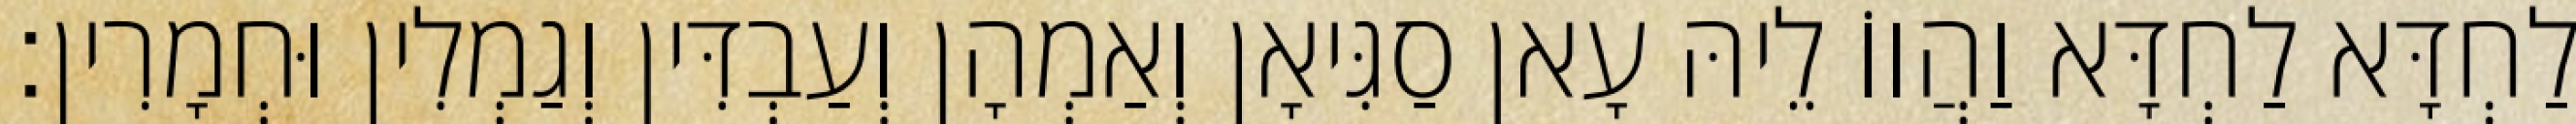
לַחְדָּא לַחְדָּא וַהֲווֹ לֵיהּ עָאן סַגִּיאָן וְאַמְהָן וְעַבְדִּין וְגַמְלִין וּחְמָרִין׃